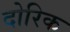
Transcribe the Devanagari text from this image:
दोरिक